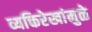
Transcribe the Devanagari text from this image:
व्यक्तिरेखांमुळे